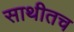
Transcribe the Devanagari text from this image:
साथीतच